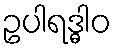
ဥပါရဒ္ဓါဝ